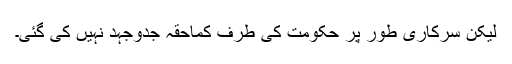
لیکن سرکاری طور پر حکومت کی طرف کماحقہ جدوجہد نہیں کی گئی۔